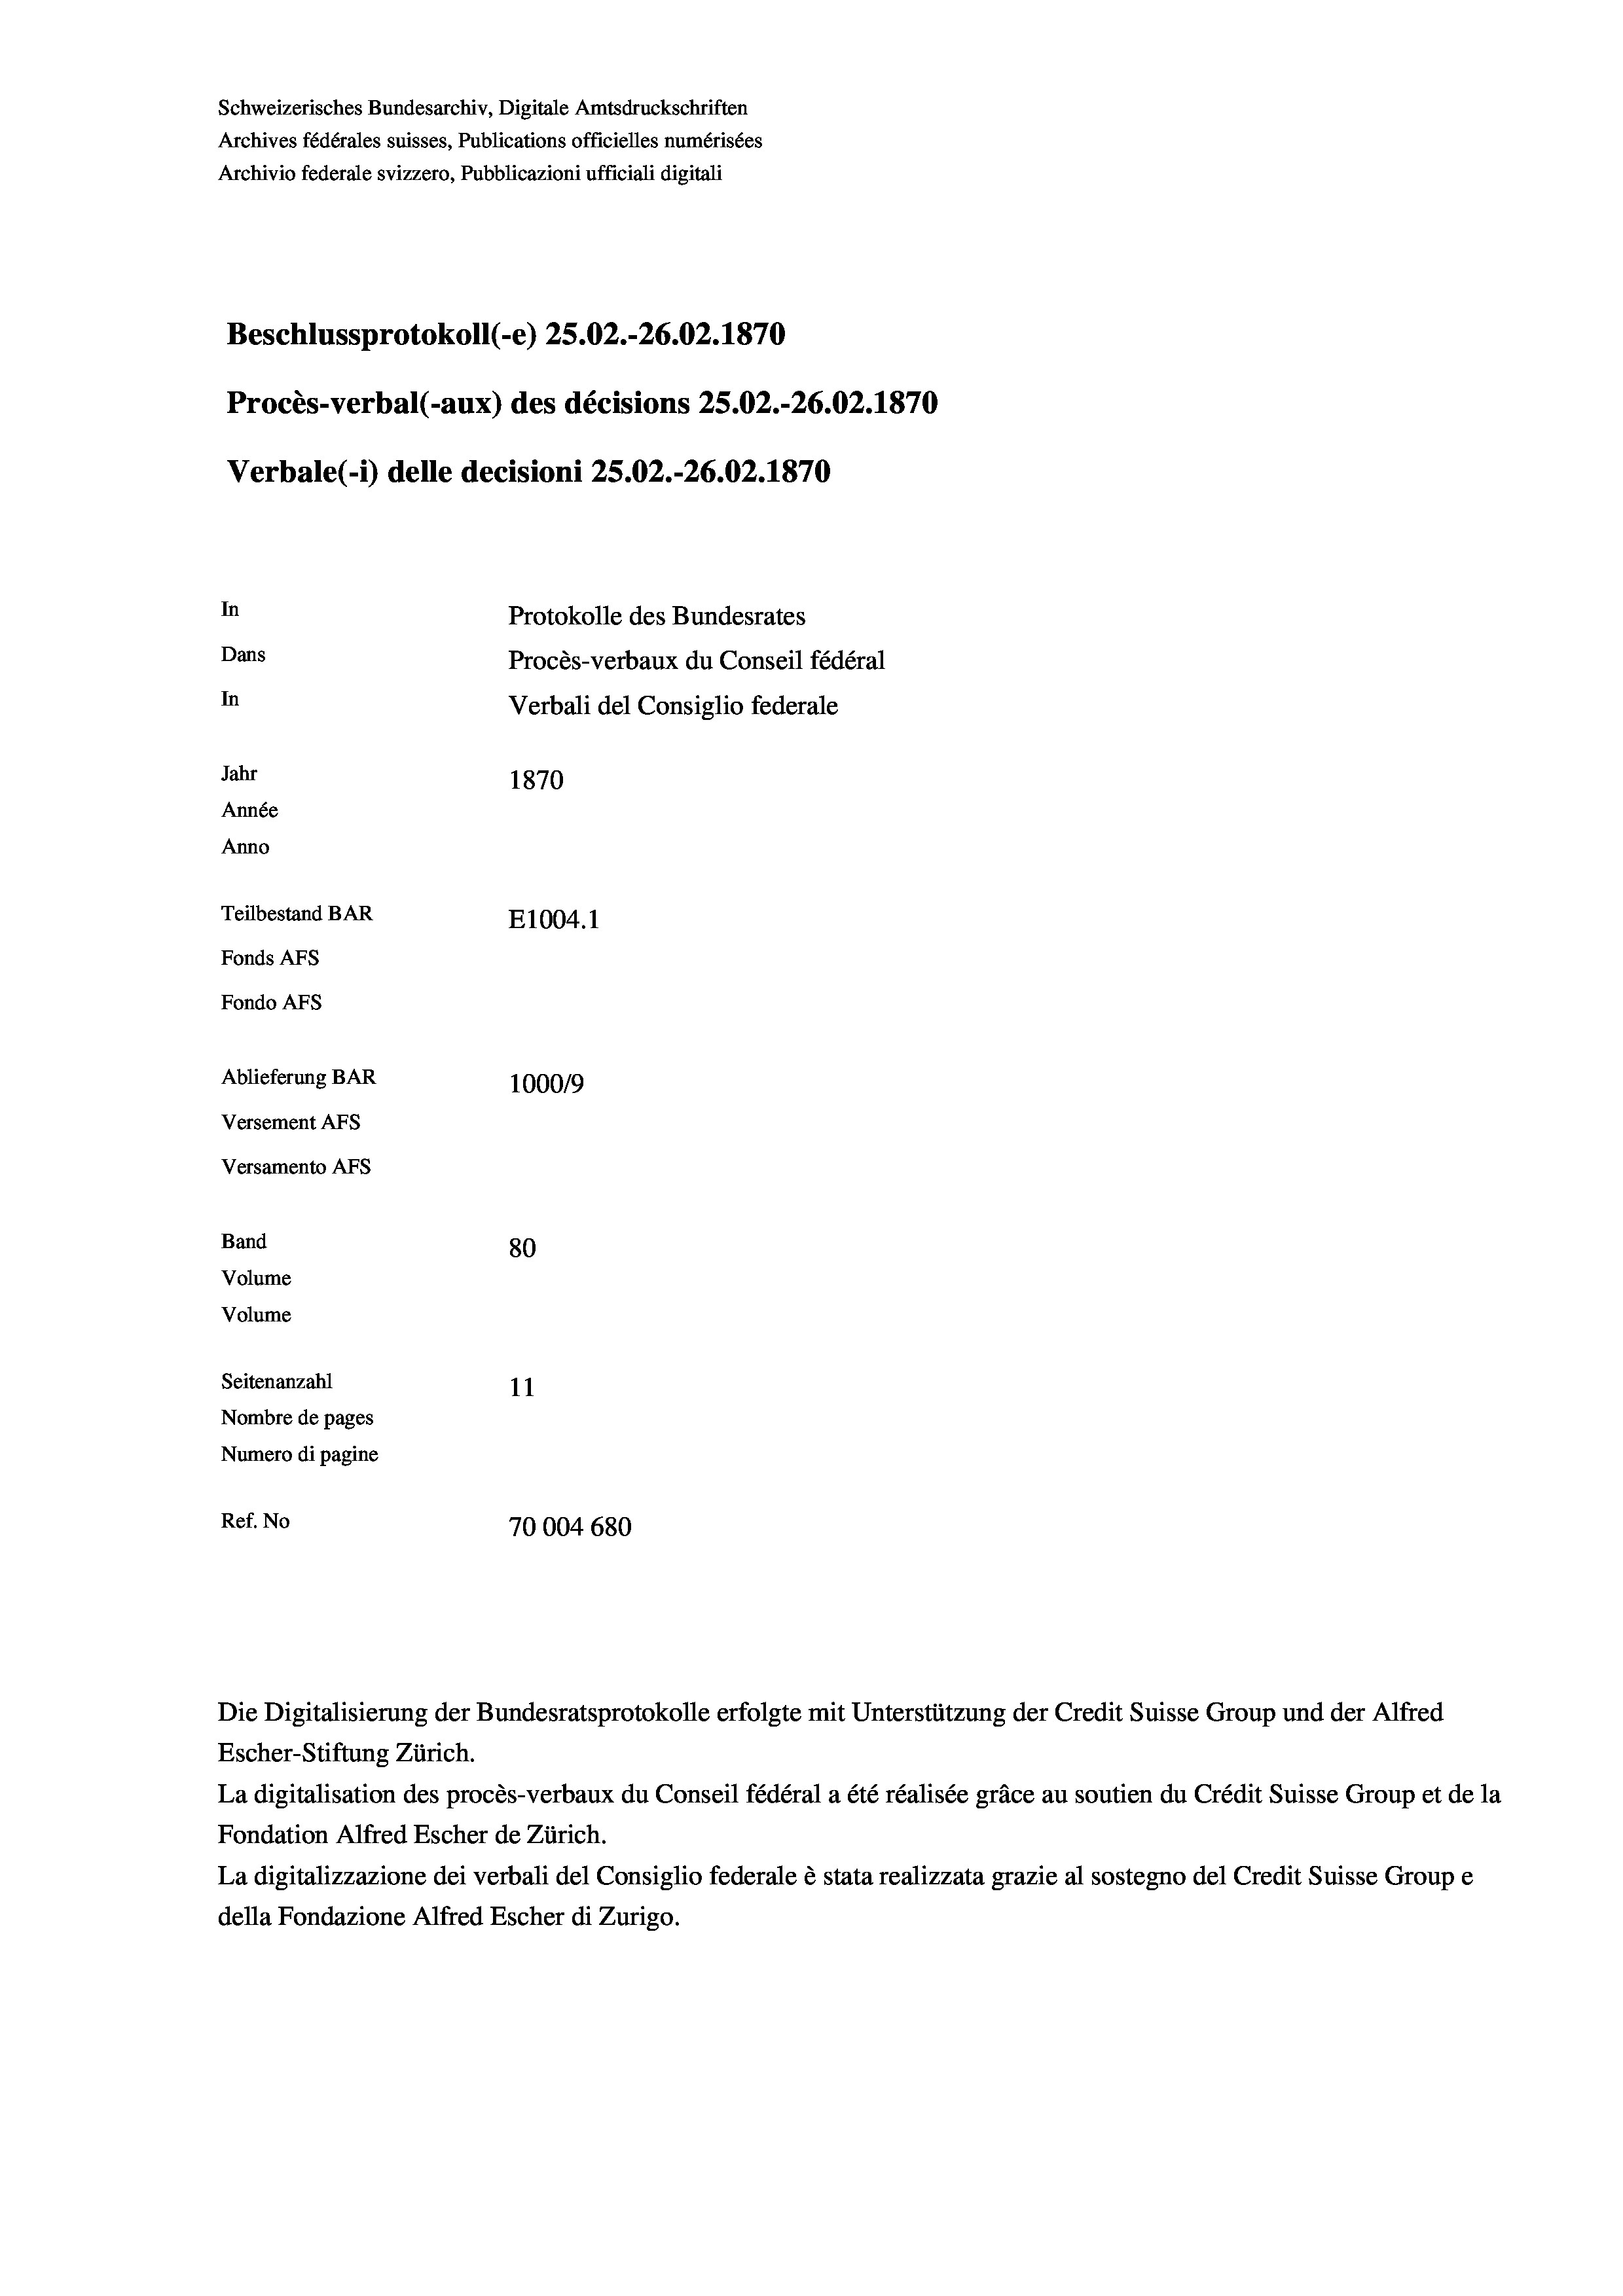
Schweizerisches Bundesarchiv, Digitale Amtsdruckschriften
Archives fédérales suisses, Publications officielles numérisées
Archivio federale svizzero, Pubblicazioni ufficiali digitali
Beschlussprotokoll (-e) 25.02.-26.02. 1870
Procès-verbal (-aux) des décisions 25.02.-26.02.1870
Verbale (i) delle decisioni 25.02.-26.02. 1870
In
Protokolle des Bundesrates
Dans
Procès-verbaux du Conseil fédéral
In
Verbali del Consiglio federale
Jahr
1870
Année
Anno
Teilbestand BAR
E1004.1
Fonds AFs
Fondo Afs
Ablieferung BAR
1000/9
Versement AFs
Versamento Afs
Band
80
Volume
Volume
Seitenanzahl
11
Nombre de pages
Numero di pagine
Ref. No
70004 680

Escher-Stiftung Zürich.
La digitalisation des procès-verbaux du Conseil fédéral a été réalisée gräce au soutien du Crédit Suisse Group et de la
Fondation Alfred Escher de Zürich.
La digitalizzazione dei verbali del Consiglio federale è stata realizzata grazie al sostegno del Credit Suisse Groupe
della Fondazione Alfred Escher di Zurigo.

Die Digitalisierung der Bundesratsprotokolle erfolgte mit Unterstützung der Credit Suisse Group und der Alfred